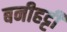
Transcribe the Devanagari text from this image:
बनीहट्टी